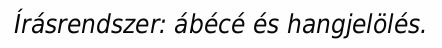
Írásrendszer: ábécé és hangjelölés.